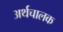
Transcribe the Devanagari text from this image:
अर्थचालक